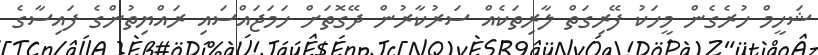
ޝަހީމް ހުރެގެން މީހަކު ފޭރިގަތް ލާރިތަކެއް ސަރުކާރުން ދޭގޮތަށް ހަމަޖައްސައި ރައްޔިތުންގެ ފައިސާގެ